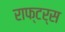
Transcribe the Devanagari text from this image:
राफ्टर्स